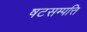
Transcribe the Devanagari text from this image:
षटसम्पत्ति